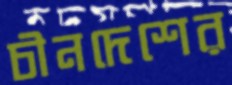
চীনদেশের